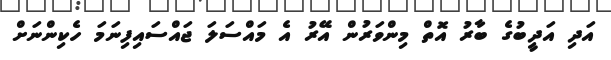
އަދި އަދީބުގެ ބާރު އޮތް މިންވަރުން އޭރު އެ މައްސަލަ ޖައްސައިފިނަމަ ހެކިންނަށް